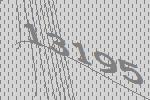
13195